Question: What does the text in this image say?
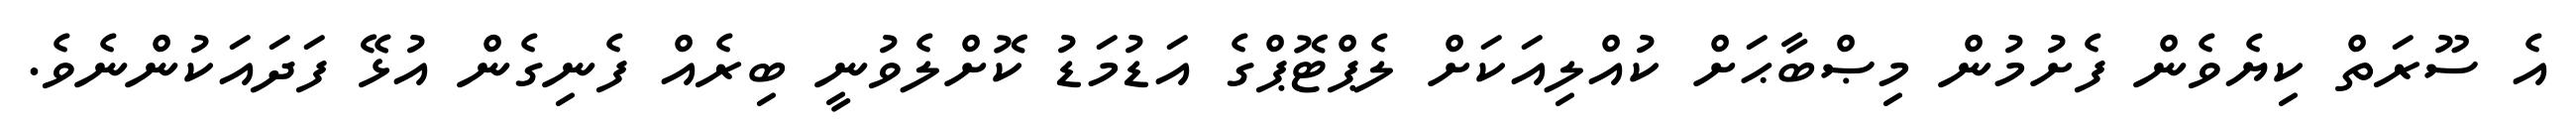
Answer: އެ ސޫރަތް ކިޔެވެން ފެށުމުން މިޞްބާޙަށް ކުއްލިއަކަށް ލެޕްޓޮޕްގެ އަޑުމަޑު ކޮށްލެވުނީ ބިރެއް ފެނިގެން އުޅޭ ފަދައަކުންނެވެ.